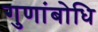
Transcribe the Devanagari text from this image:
गुणांबोधि